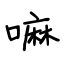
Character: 嘛